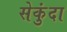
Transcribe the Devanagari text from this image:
सेकुंदा